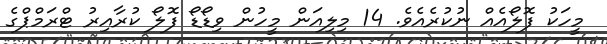
މީހަކު ފޮލޯއެއް ނުކުރެއެވެ. 14 މިލިއަން މީހުން ވިޑޯޑޯ ފޮލޯ ކުރާއިރު ޓްރަމްޕްގެ